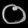
Digit: ၀